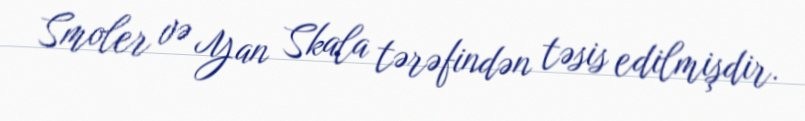
Smoler və Yan Skala tərəfindən təsis edilmişdir.